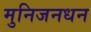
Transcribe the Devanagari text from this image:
मुनिजनधन